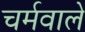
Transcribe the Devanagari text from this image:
चर्मवाले